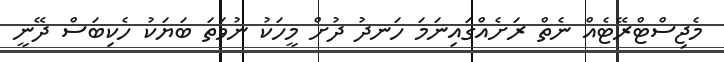
މެޖިސްޓްރޭޓެއް ނެތް ރަށެއްގައިނަމަ ހަނދު ދުށް މީހަކު ނުވަތަ ބަޔަކު ހެކިބަސް ދޭނީ